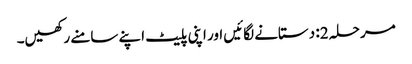
مرحلہ 2: دستانے لگائیں اور اپنی پلیٹ اپنے سامنے رکھیں۔